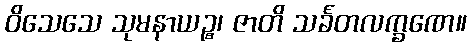
ဝိသေသေ သုမနာယဉ္စ၊ ဇာတိ သင်္ခတလက္ခဏေ။